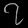
Digit: ၇